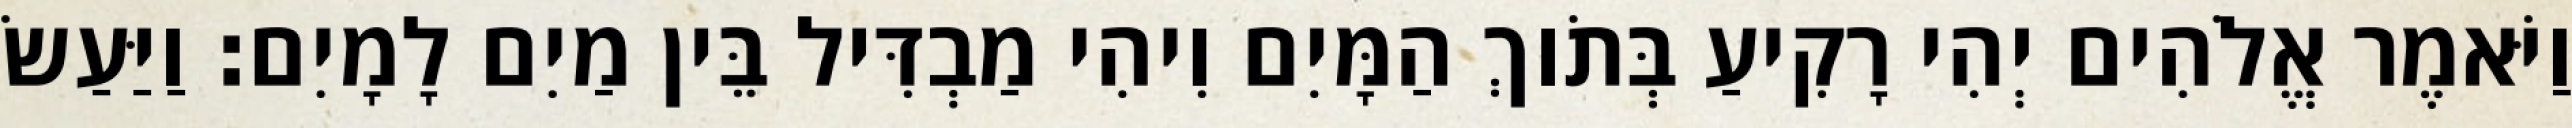
וַיֹּאמֶר אֱלֹהִים יְהִי רָקִיעַ בְּתֹוךְ הַמָּיִם וִיהִי מַבְדִּיל בֵּין מַיִם לָמָיִם׃ וַיַּעַשׂ